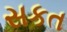
સકત